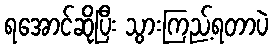
ရအောင်ဆိုပြီး သွားကြည့်ရတာပဲ